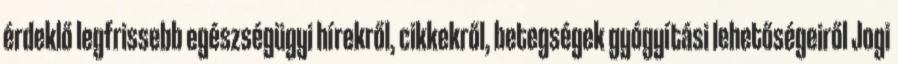
érdeklő legfrissebb egészségügyi hírekről, cikkekről, betegségek gyógyítási lehetőségeiről Jogi